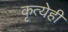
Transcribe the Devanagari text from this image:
कृत्येही